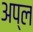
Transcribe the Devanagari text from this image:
अप्ल